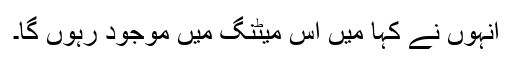
انہوں نے کہا میں اس میٹنگ میں موجود رہوں گا۔